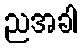
ညအခါ